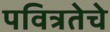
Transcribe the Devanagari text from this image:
पवित्रतेचे